Indian journal of veterinary science and animal husbandry - Volume 7,
Year: 1937
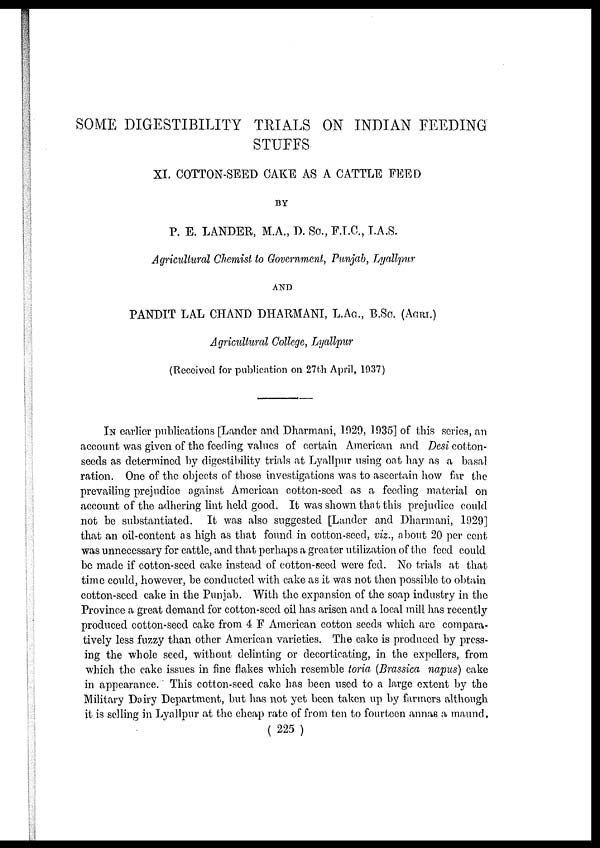
SOME DIGESTIBILITY TRIALS ON INDIAN FEEDING
STUFFS
XI. COTTON-SEED CAKE AS A CATTLE FEED
BY
P. E. LANDER, M.A., D. Sc., F.I.C., I.A.S.
Agricultural Chemist to Government, Punjab, Lyallpur
AND
PANDIT LAL CHAND DHARMANI, L.AG., B.Sc. (AGRI.)
Agricultural College, Lyallpur
(Received for publication on 27th April, 1937)
IN earlier publications [Lander and Dharmani, 1929, 1935] of this series, an
account was given of the feeding values of certain American and Desi cotton-
seeds as determined by digestibility trials at Lyallpur using oat hay as a basal
ration. One of the objects of those investigations was to ascertain how far the
prevailing prejudice against American cotton-seed as a feeding material on
account of the adhering lint held good. It was shown that this prejudice could
not be substantiated. It was also suggested [Lander and Dharmani, 1929]
that an oil-content as high as that found in cotton-seed, viz., about 20 per cent
was unnecessary for cattle, and that perhaps a greater utilization of the feed could
be made if cotton-seed cake instead of cotton-seed were fed. No trials at that
time could, however, be conducted with cake as it was not then possible to obtain
cotton-seed cake in the Punjab. With the expansion of the soap industry in the
Province a great demand for cotton-seed oil has arisen and a local mill has recently
produced cotton-seed cake from 4 F American cotton seeds which are compara-
tively less fuzzy than other American varieties. The cake is produced by press-
ing the whole seed, without delinting or decorticating, in the expellers, from
which the cake issues in fine flakes which resemble toria (Brassica napus) cake
in appearance. This cotton-seed cake has been used to a large extent by the
Military Dairy Department, but has not yet been taken up by farmers although
it is selling in Lyallpur at the cheap rate of from ten to fourteen annas a maund.
( 225 )